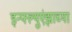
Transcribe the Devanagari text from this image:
इन्फ्ल्युएंझाच्या